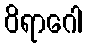
ဝိရာဂေါ